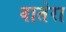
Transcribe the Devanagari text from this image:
वातेरा